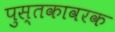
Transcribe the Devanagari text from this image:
पुस्तकावरक